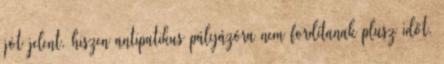
jót jelent, hiszen antipatikus pályázóra nem fordítanak plusz időt.